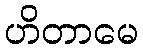
ဟိတာမေ